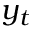
y _ { t }